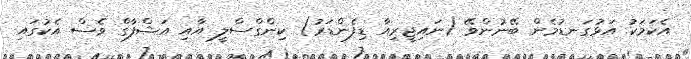
އެކަމަކު އަޅުގަނޑުމެން ބޭނުންވޭ (ނައިޖީރިއާ ޑިފެންޑަރު) ކިންގްސްލީ އާއި އަޝްފާގް ވެސް އެކުގައި